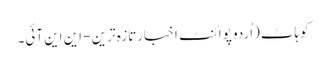
کوہاٹ(اُردو پوائنٹ اخبارتازہ ترین - این این آئی۔